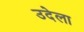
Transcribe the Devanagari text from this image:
उदेला